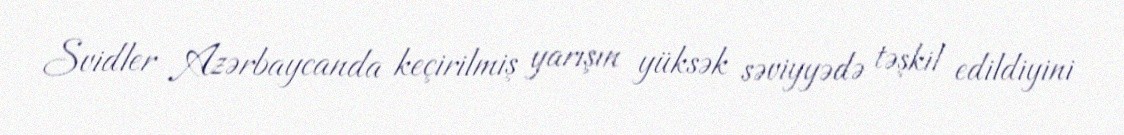
Svidler Azərbaycanda keçirilmiş yarışın yüksək səviyyədə təşkil edildiyini